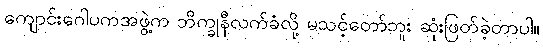
ကျောင်းဂေါပကအဖွဲ့က ဘိက္ခုနီလက်ခံလို့ မသင့်တော်ဘူး ဆုံးဖြတ်ခဲ့တာပါ။